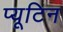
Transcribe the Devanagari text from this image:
प्यूटिन